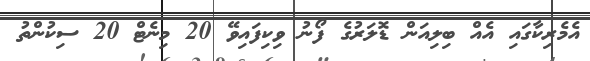
އެމެރިކާގައި އެއް ބިލިއަން ޑޮލަރުގެ ފޯނު ވިކިފައިވޭ 20 މިނެޓް 20 ސިކުންތު